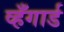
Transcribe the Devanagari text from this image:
व्हँगार्ड